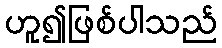
ဟူ၍ဖြစ်ပါသည်